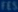
^{\mathrm{m}}